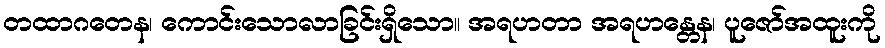
တထာဂတေန၊ ကောင်းသောလာခြင်းရှိသော။ အရဟတာ အရဟန္တေန၊ ပူဇော်အထူးကို